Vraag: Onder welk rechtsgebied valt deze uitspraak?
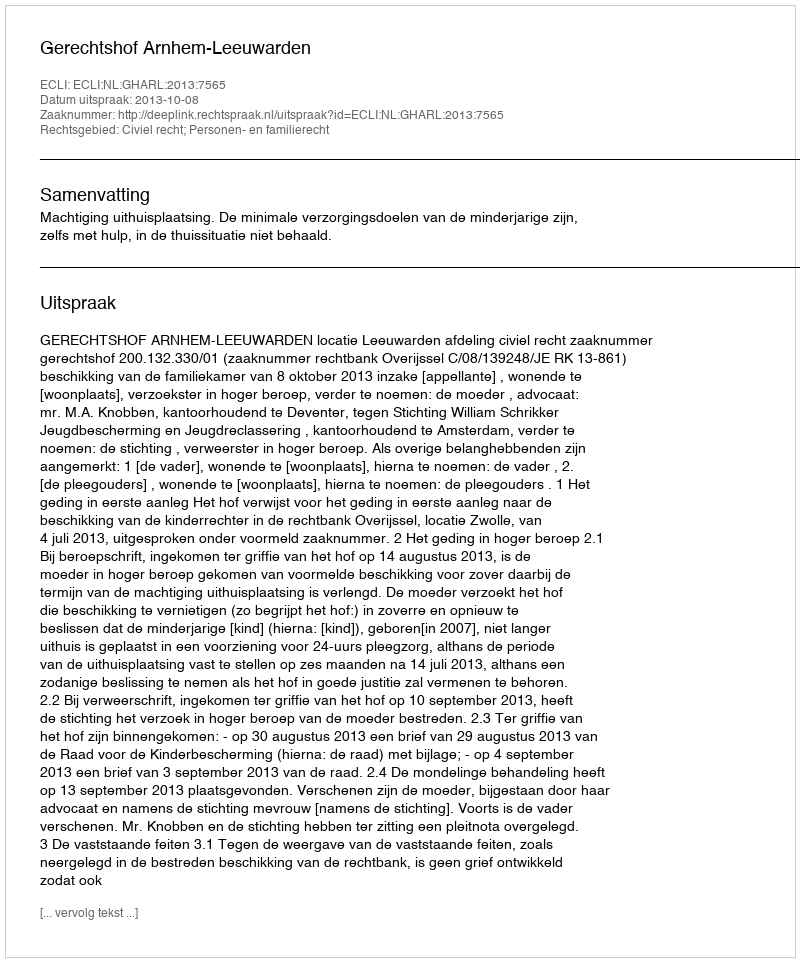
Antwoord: Civiel recht; Personen- en familierecht